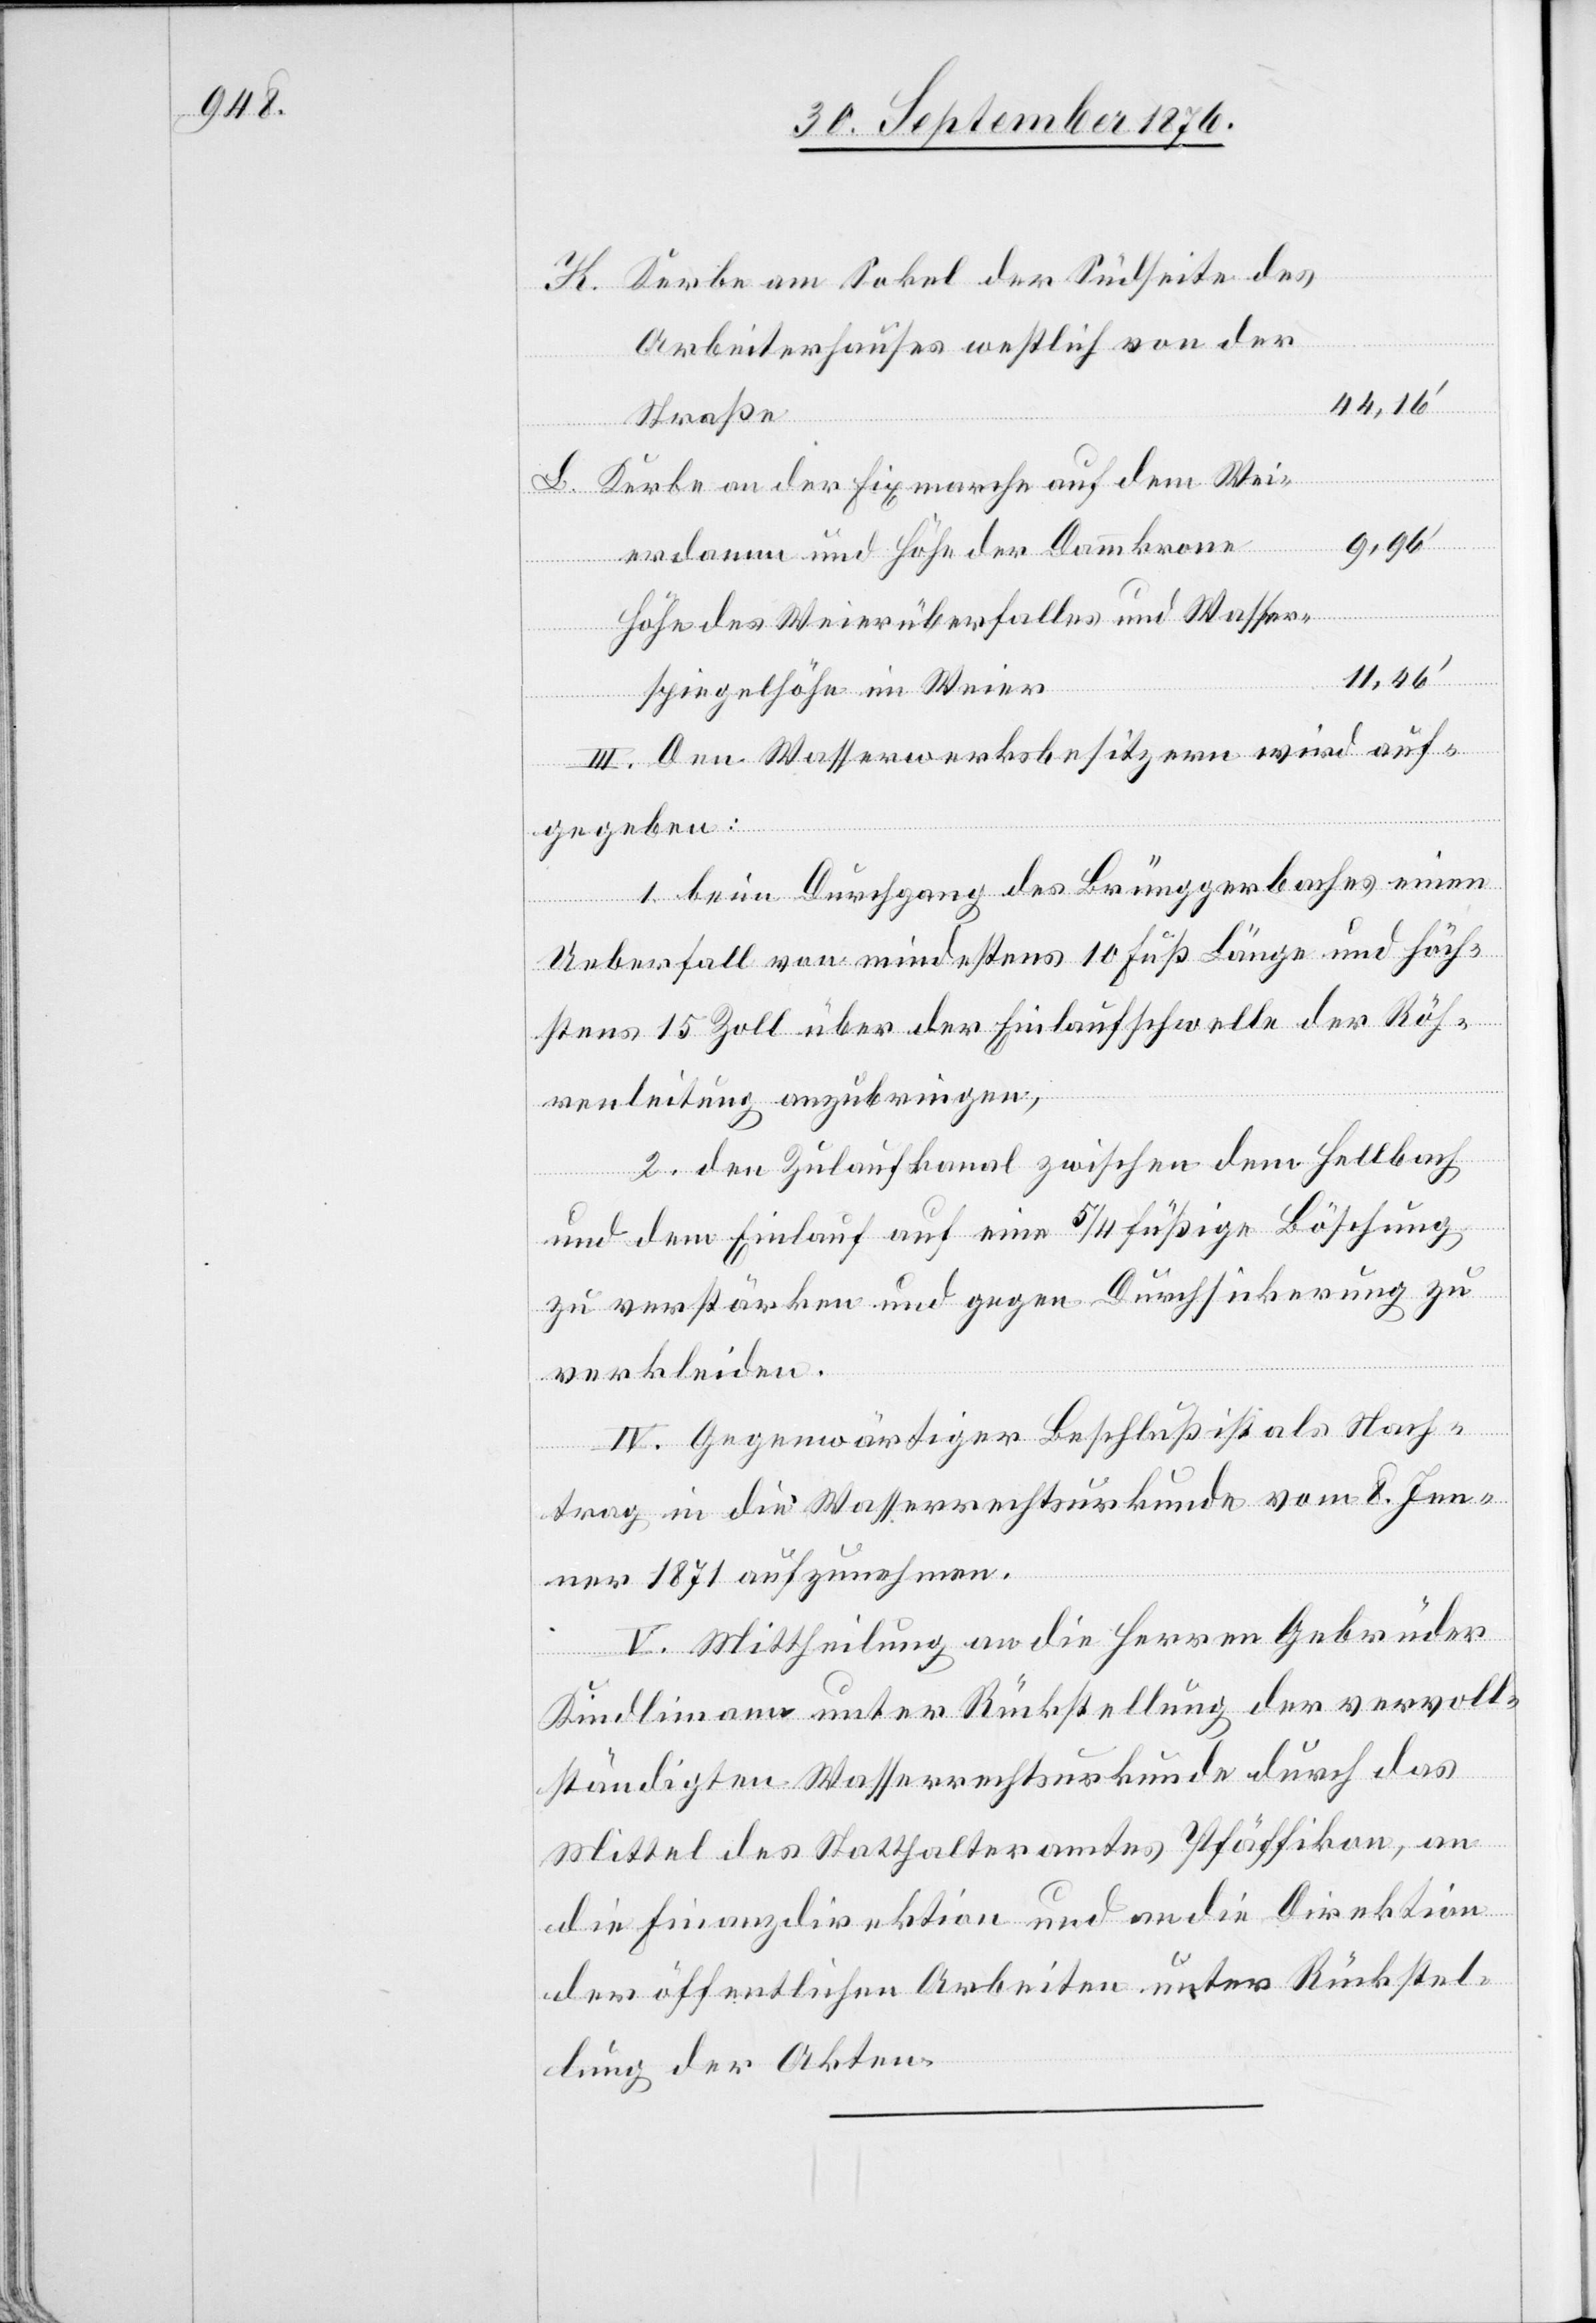
L.
des
Arbeiterhauses westlich von der
44,16‘
Straße
Kerbe an der Fixmarche auf dem Wei¬
9,96‘
erdamm und Höhe der Dammkrone
Höhe des Weierüberfalles und Wasser¬
11,46‘
spiegelhöhe des Weier
III. Den Wasserwerksbesitzern wird auf¬
gegeben:
1. beim Durchgang des Brüggerbaches einen
Ueberfall von mindestens 10 Fuß Länge und höch¬
stens 15. Zoll über der Einlaufschwelle der Röh¬
renleitung anzubringen,
2. den Zulaufkanal zwischen dem Hellbach
und dem Einlauf auf eine 5/4 füßige Böschung
zu verstärken und gegen Durchsickerung zu
verkleiden.
IV. Gegenwärtiger Beschluß ist als Nach¬
trag in die Wasserrechtsurkunde vom 8. Jen¬
ner 1871 aufzunehmen.
V. Mittheilung an die Herren Gebrüder
Kindlimann unter Rückstellung der vervoll¬
ständigten Wasserrechtsurkunde durch das
Mittel des Statthalteramtes Pfäffikon, an
die Finanzdirektion und an die Direktion
der öffentlichen Arbeiten unter Rückstel¬
lung der Akten.